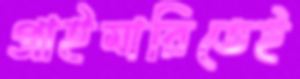
প্রাইমারিতেই